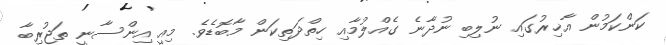
ކަންކަމުން އާޚިރުގައި ނުލިބި ނުދާނެ ގެއްލުމާއި ހިތްދަތިކަން މާބޮޑެވެ. މިއީ އިންސާނީ ތަޖުރިބާ